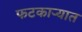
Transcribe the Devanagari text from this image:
फटकाऱ्यात